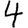
Digit: 4